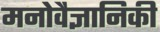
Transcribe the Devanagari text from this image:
मनोवैज्ञानिकी